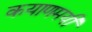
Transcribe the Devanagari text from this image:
कयाणमयी